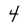
Character: 4